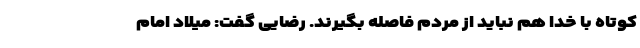
کوتاه با خدا هم نباید از مردم فاصله بگیرند. رضایی گفت: میلاد امام